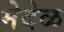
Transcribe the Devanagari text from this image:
मेदेळ